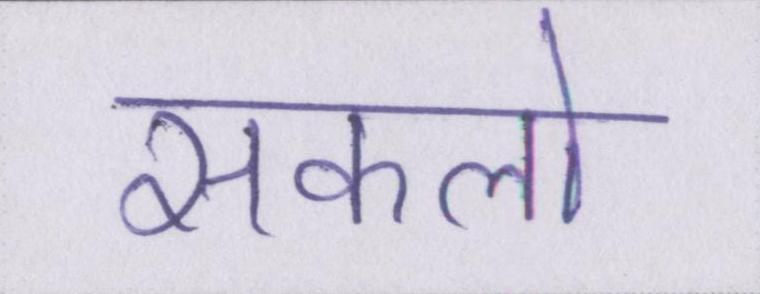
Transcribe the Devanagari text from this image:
सकलो